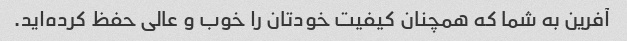
آفرین به شما که همچنان کیفیت خودتان را خوب و عالی حفظ کرده‌اید.